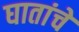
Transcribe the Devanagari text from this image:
घातांचे